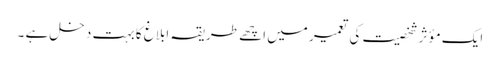
ایک مؤثر شخصیت کی تعمیر میں اچھے طریقہ ابلاغ کا بہت دخل ہے ۔